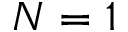
N = 1